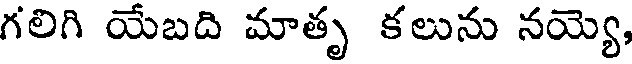
గలిగి యేబది మాతృ కలును నయ్యె,